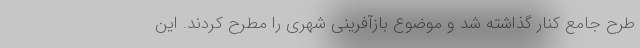
طرح جامع کنار گذاشته شد و موضوع بازآفرینی شهری را مطرح کردند. این